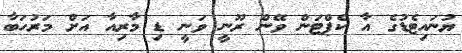
ޔުނައިޓެޑުގެ އާ ކެޕްޓަން ވޭން ރޫނީ ވަނީ ޑި މާރިއާ އަށް މަރުހަބާ